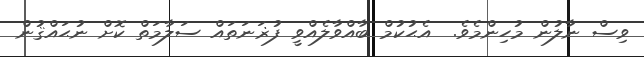
ވިސް ނާލުން މުހިންމެވެ.  އެޙުކުމް ބާއްވާލެއްވީ ފުޜަނަތައް ސަލާމަތް ކޮށް ނުޙައްޤުން